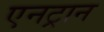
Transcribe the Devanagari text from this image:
एनट्रान